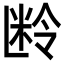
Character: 𬖜